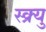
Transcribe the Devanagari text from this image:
स्क्र्यु